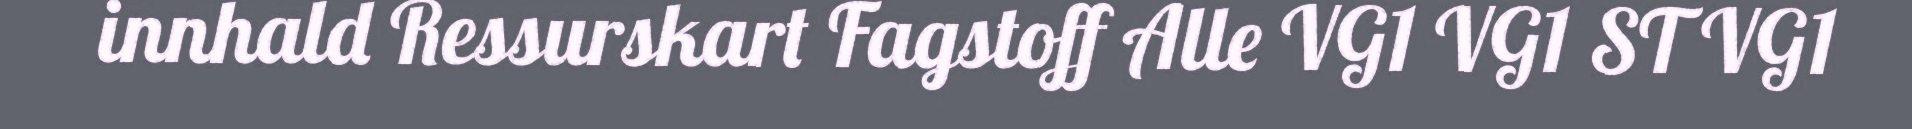
innhald Ressurskart Fagstoff Alle VG1 VG1 ST VG1